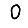
Digit: 0